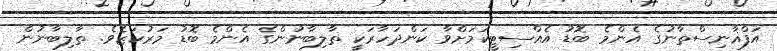
އަފްޣާނިސްތާނުގެ އެންމެ ބޮޑު އެއްސިޓީކަމަށްވާ ކަންދަހާރަކީ ތާލިބާނުންގެ އެންމެ ބޮޑު މަރުކަޒެވެ. ތާލިބާނުން